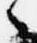
々